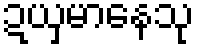
ဍယှမာနေသု